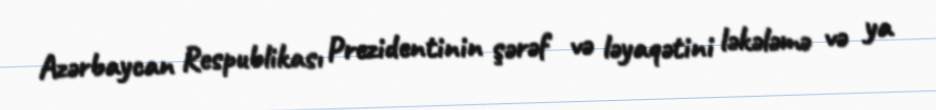
Azərbaycan Respublikası Prezidentinin şərəf və ləyaqətini ləkələmə və ya